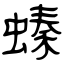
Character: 螓